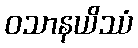
ဝသာနယိဿံ